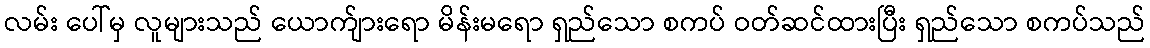
လမ်း ပေါ်မှ လူများသည် ယောက်ျားရော မိန်းမရော ရှည်သော စကပ် ဝတ်ဆင်ထားပြီး ရှည်သော စကပ်သည်